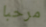
مرحبا